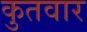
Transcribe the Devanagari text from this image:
कुतवार